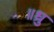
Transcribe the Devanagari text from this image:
॥ध्रु